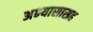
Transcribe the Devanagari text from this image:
अभ्यासासह